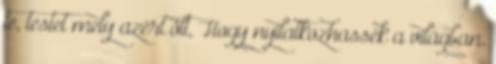
te, testet mely azért ölt, Hogy nyilatkozhassék a világban.